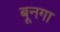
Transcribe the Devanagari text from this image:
बूनगा